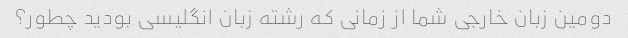
دومین زبان خارجی شما از زمانی که رشته زبان انگلیسی بودید چطور؟